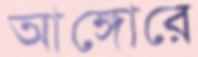
আঙ্গোরে